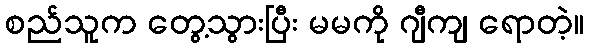
စည်သူက တွေ့သွားပြီး မမကို ဂျီကျ ရောတဲ့။